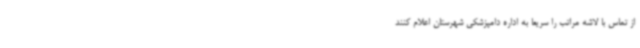
از تماس با لاشه مراتب را سریعا به اداره دامپزشکی شهرستان اعلام کنند